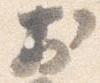
於